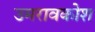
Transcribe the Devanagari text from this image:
उमरावकोश